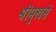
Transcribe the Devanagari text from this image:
श्रीमुखसे